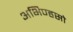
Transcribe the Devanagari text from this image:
अभिण्हसो